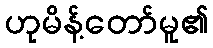
ဟုမိန့်တော်မူ၏